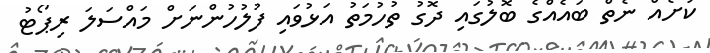
ކުށެއް ނެތް ބައެއްގެ ބޮލުގައި ދޮގު ތުހުމަތު އަޅުވައި ފުލުހުންނަށް މައްސަލަ ރިޕޯޓު